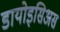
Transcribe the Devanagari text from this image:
डायोइसिअस